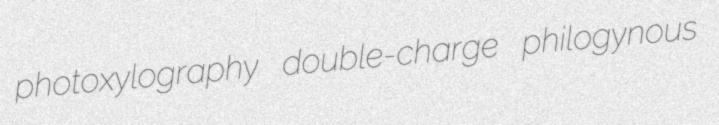
photoxylography double-charge philogynous